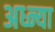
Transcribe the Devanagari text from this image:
अध्न्या